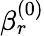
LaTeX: \beta_{r}^{(0)}